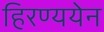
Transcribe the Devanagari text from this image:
हिरण्ययेन